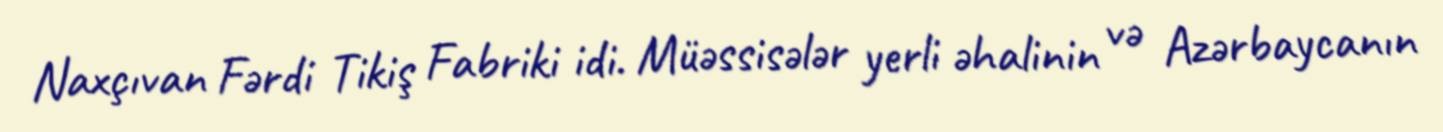
Naxçıvan Fərdi Tikiş Fabriki idi. Müəssisələr yerli əhalinin və Azərbaycanın